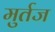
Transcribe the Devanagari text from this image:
मुर्तज